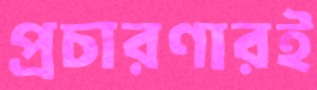
প্রচারণারই